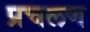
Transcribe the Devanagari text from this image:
प्रचलण